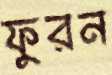
ফুরন